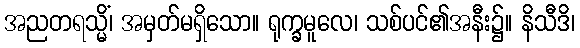
အညတရသ္မိံ၊ အမှတ်မရှိသော။ ရုက္ခမူလေ၊ သစ်ပင်၏အနီး၌။ နိသီဒိ၊